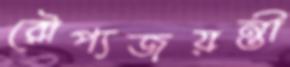
রৌপ্যজয়ন্তী